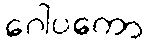
ဂေါပကော